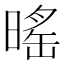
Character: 暚